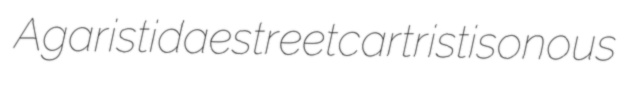
Agaristidae streetcar tristisonous